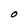
Character: O